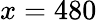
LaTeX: x=480